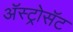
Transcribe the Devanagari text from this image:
अॅस्ट्रोसॅट